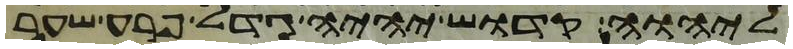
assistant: ליהוה קדוש יהיה גדל פרע שער